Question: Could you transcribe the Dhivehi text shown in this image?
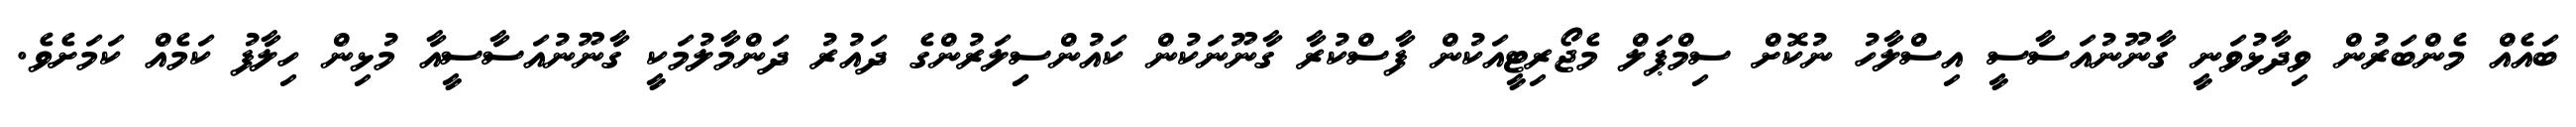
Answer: ބައެއް މެންބަރުން ވިދާޅުވަނީ ގާނޫނުއަސާސީ އިސްލާހު ނުކޮށް ސިމްޕަލް މެޖޯރިޓީއަކުން ފާސްކުރާ ގާނޫނަކުން ކައުންސިިލަރުންގެ ދައުރު ދަންމާލުމަކީ ގާނޫނުއަސާސީއާ މުޅިން ހިލާފު ކަމެއް ކަމަށެވެ.